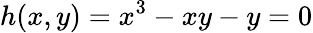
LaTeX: h(x,y)=x^{3}-xy-y=0